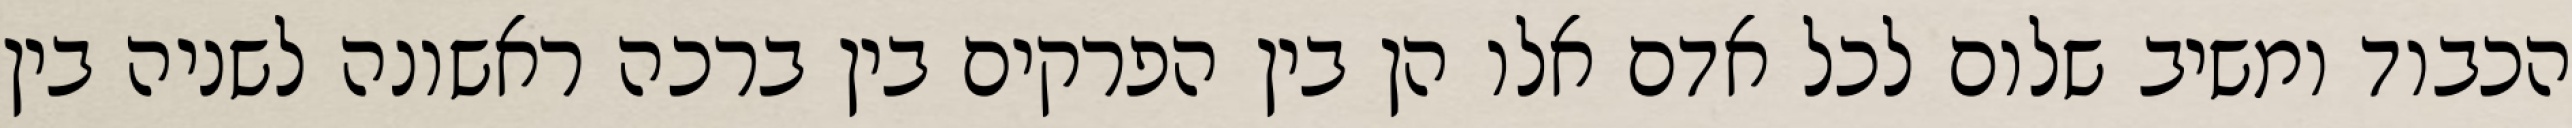
הכבוד ומשיב שלום לכל אדם אלו הן בין הפרקים בין ברכה ראשונה לשניה בין